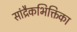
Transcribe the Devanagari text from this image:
सांद्रैकभिक्तिका